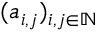
( a _ { i , j } ) _ { i , j \in \mathbb { N } }